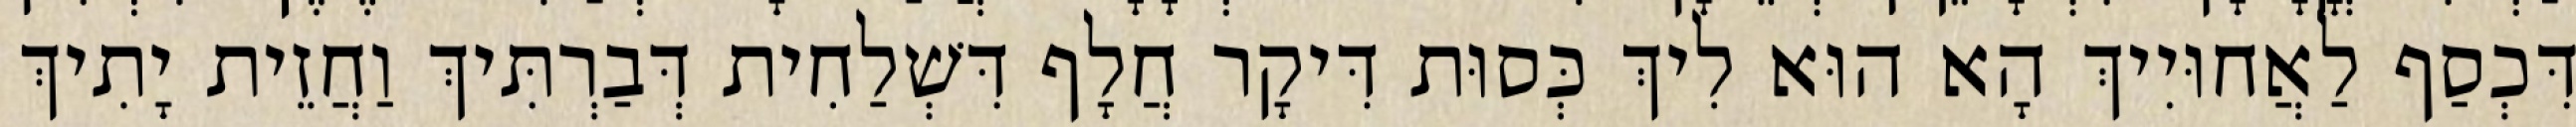
דִּכְסַף לַאֲחוּיִיךְ הָא הוּא לִיךְ כְּסוּת דִּיקָר חֲלָף דִּשְׁלַחִית דְּבַרְתִּיךְ וַחֲזֵית יָתִיךְ